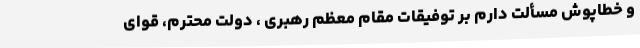
و خطاپوش مسألت دارم بر توفیقات مقام معظم رهبری ، دولت محترم، قوای